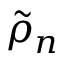
\tilde { \rho } _ { n }